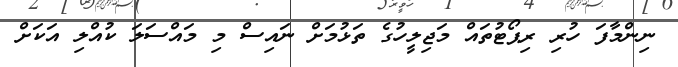
ނިންމާފަ ހުރި ރިޕޯޓުތައް މަޖިލީހުގެ ތަޅުމަށް ނައިސް މި މައްސަލަ ކުއްލި އަކަށް